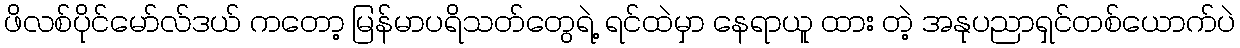
ဖိလစ်ပိုင်မော်လ်ဒယ် ကတော့ မြန်မာပရိသတ်တွေရဲ့ ရင်ထဲမှာ နေရာယူ ထား တဲ့ အနုပညာရှင်တစ်ယောက်ပဲ